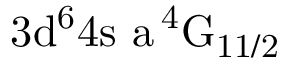
\mathrm { 3 d ^ { 6 } 4 s \ a \, ^ { 4 } G _ { 1 1 / 2 } }